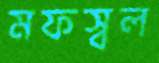
মফস্বল